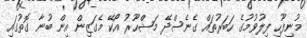
މުނިފޫހި ފިލުވުމުގެ ހަބަރުތައް ގެނެސްދޭ މަޝްހޫރު އޯކޭ މެގަޒިން އިން ބުނާ ގޮތުގައި